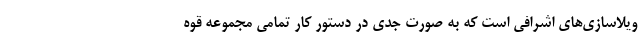
ویلاسازی‌های اشرافی است که به صورت جدی در دستور کار تمامی مجموعه قوه